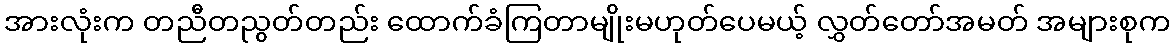
အားလုံးက တညီတညွတ်တည်း ထောက်ခံကြတာမျိုးမဟုတ်ပေမယ့် လွှတ်တော်အမတ် အများစုက